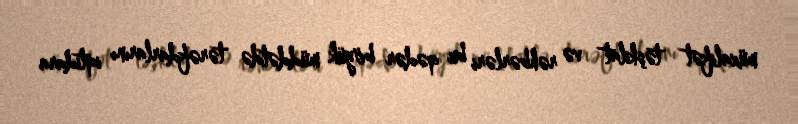
müxalifət təşkilat və rəhbərləri bu qədər böyük müddətdə tərəfdarlarını iqtidara